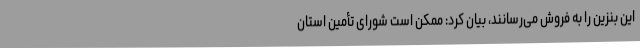
این بنزین را به فروش می‌رسانند، بیان کرد: ممکن است شورای تأمین استان